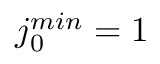
j _ { 0 } ^ { m i n } = 1